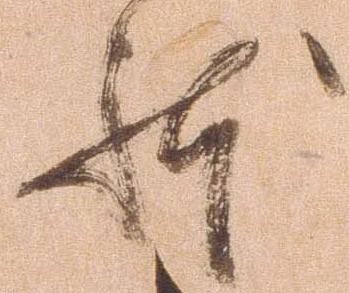
体